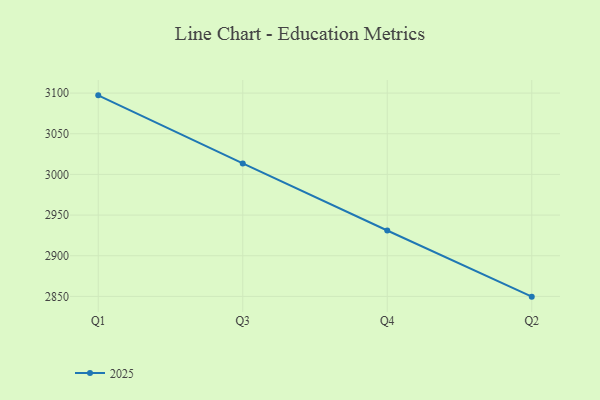
{"axis": {"x": "Quarter", "y": "Bounce Rate (%)"}, "legend": ["2025"], "data": [{"x": "Q1", "y": 3097.2, "type": "2025"}, {"x": "Q3", "y": 3013.5, "type": "2025"}, {"x": "Q4", "y": 2931.0, "type": "2025"}, {"x": "Q2", "y": 2849.7, "type": "2025"}]}